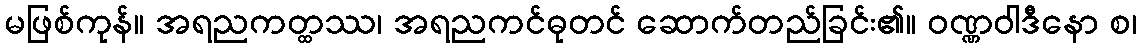
မဖြစ်ကုန်။ အရညကတ္ထဿ၊ အရညကင်ဓုတင် ဆောက်တည်ခြင်း၏။ ဝဏ္ဏဝါဒီနော စ၊